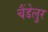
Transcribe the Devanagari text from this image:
चैंडेलुर